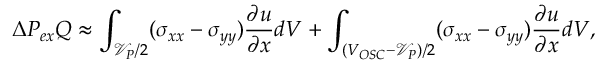
\Delta P _ { e x } Q \approx \int _ { \mathcal { V } _ { P } / 2 } ( \sigma _ { x x } - \sigma _ { y y } ) \frac { \partial u } { \partial x } d V + \int _ { ( V _ { O S C } - \mathcal { V } _ { P } ) / 2 } ( \sigma _ { x x } - \sigma _ { y y } ) \frac { \partial u } { \partial x } d V ,